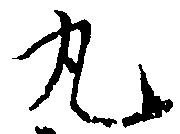
丸